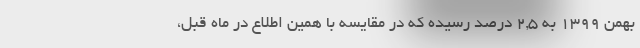
بهمن ١٣٩٩ به ٢,٥ درصد رسیده که در مقایسه با همین اطلاع در ماه قبل،